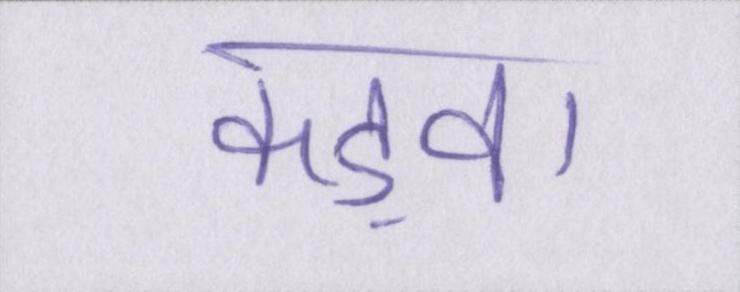
कड़वा